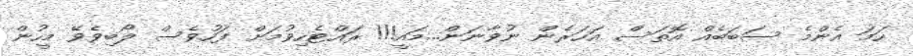
ހަަމަ އެންމެ ސަބަބެއް އޮތަސް އަހަރެން ނުވާނަން...މައީ!!! ރައްޓެހިވުމަށް ފަހުވެސް ލޯބިވެވޭ މީހުން